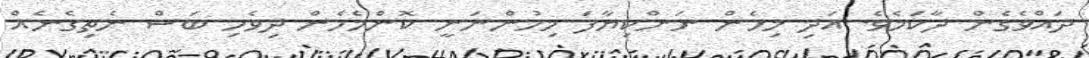
ދައްވެގެން ދާކަމެވެ. އަދި މިހެން ނަންކިޔާފަ މިހުންނަނީ ކޮންމެހެން ދިވެހި ބަސް ނެތިގެނެއް